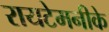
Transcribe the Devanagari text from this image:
रायटेमनीके